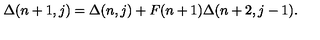
\Delta ( n + 1 , j ) = \Delta ( n , j ) + F ( n + 1 ) \Delta ( n + 2 , j - 1 ) .